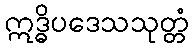
ဣဒ္ဓိပဒေသသုတ္တံ